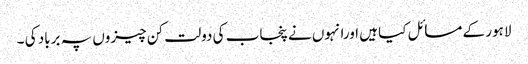
لاہور کے مسائل کیا ہیں اورانہوں نے پنجاب کی دولت کن چیزوں پہ برباد کی ۔